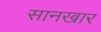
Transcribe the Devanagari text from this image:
सानखार